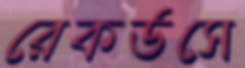
রেকর্ডসে